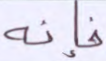
فإنه